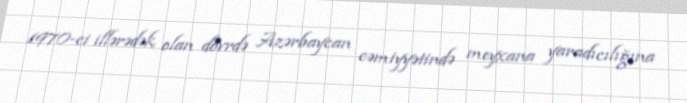
1970-ci illərədək olan dövrdə Azərbaycan cəmiyyətində meyxana yaradıcılığına